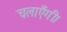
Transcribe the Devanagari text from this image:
चलाएँगी।